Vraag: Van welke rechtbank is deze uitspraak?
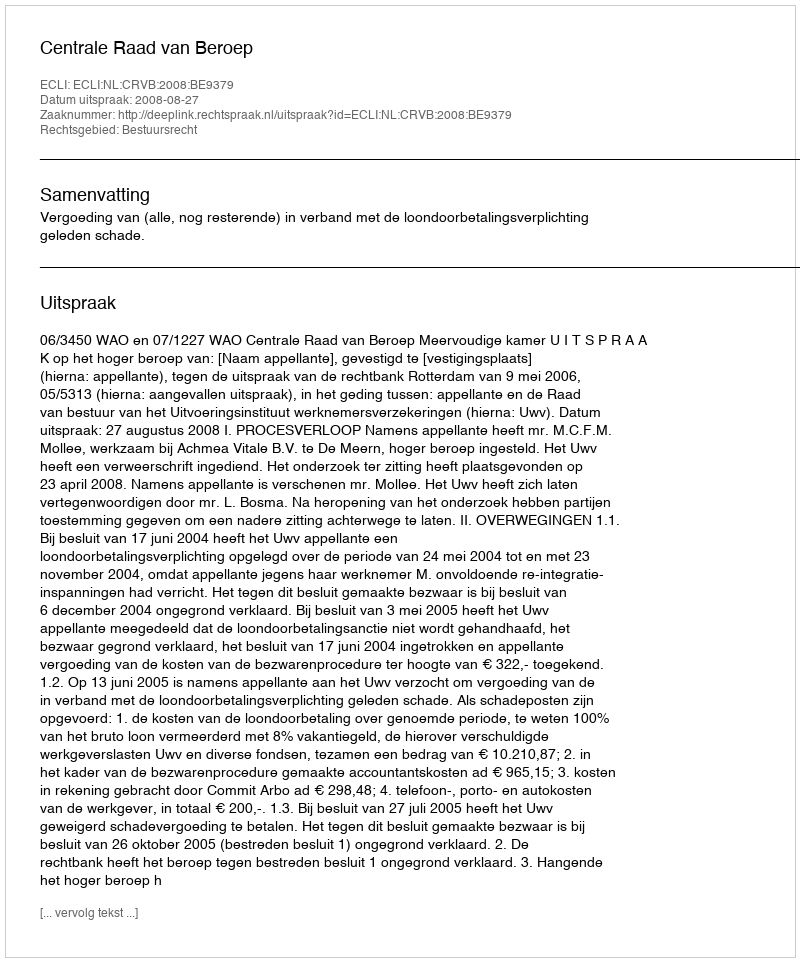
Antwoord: Centrale Raad van Beroep